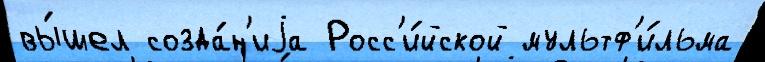
вы́шел созда́н'иjа Росс'и́йской мультф'и́льма